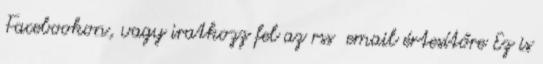
Facebookon, vagy iratkozz fel az rss email értesítőre Ez is